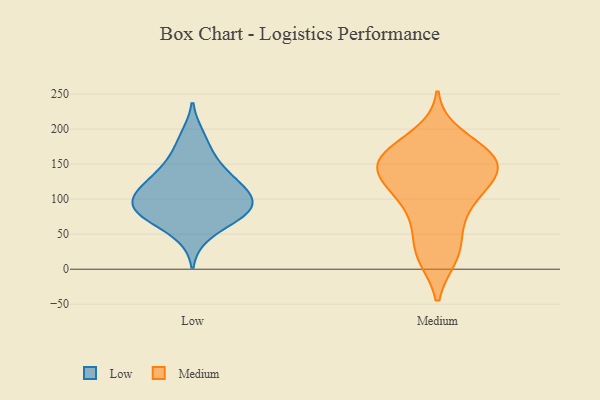
{"axis": {"x": "Demand Index", "y": "Value"}, "legend": ["Low", "Medium"], "data": [{"x": "", "y": 81, "type": "Low"}, {"x": "", "y": 109, "type": "Low"}, {"x": "", "y": 83, "type": "Low"}, {"x": "", "y": 104, "type": "Low"}, {"x": "", "y": 131, "type": "Low"}, {"x": "", "y": 148, "type": "Low"}, {"x": "", "y": 165, "type": "Low"}, {"x": "", "y": 106, "type": "Low"}, {"x": "", "y": 109, "type": "Low"}, {"x": "", "y": 128, "type": "Low"}, {"x": "", "y": 47, "type": "Low"}, {"x": "", "y": 78, "type": "Low"}, {"x": "", "y": 81, "type": "Low"}, {"x": "", "y": 75, "type": "Low"}, {"x": "", "y": 192, "type": "Low"}, {"x": "", "y": 155, "type": "Medium"}, {"x": "", "y": 165, "type": "Medium"}, {"x": "", "y": 121, "type": "Medium"}, {"x": "", "y": 156, "type": "Medium"}, {"x": "", "y": 65, "type": "Medium"}, {"x": "", "y": 124, "type": "Medium"}, {"x": "", "y": 95, "type": "Medium"}, {"x": "", "y": 191, "type": "Medium"}, {"x": "", "y": 171, "type": "Medium"}, {"x": "", "y": 149, "type": "Medium"}, {"x": "", "y": 130, "type": "Medium"}, {"x": "", "y": 21, "type": "Medium"}, {"x": "", "y": 18, "type": "Medium"}, {"x": "", "y": 97, "type": "Medium"}, {"x": "", "y": 59, "type": "Medium"}, {"x": "", "y": 143, "type": "Medium"}, {"x": "", "y": 157, "type": "Medium"}, {"x": "", "y": 165, "type": "Medium"}, {"x": "", "y": 120, "type": "Medium"}, {"x": "", "y": 20, "type": "Medium"}]}